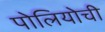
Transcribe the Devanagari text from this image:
पोलियोची